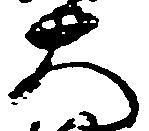
大